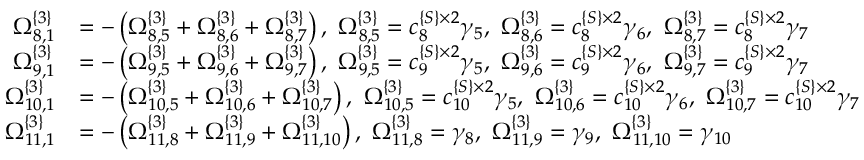
\begin{array} { r l } { \Omega _ { 8 , 1 } ^ { \{ 3 \} } } & { = - \left( \Omega _ { 8 , 5 } ^ { \{ 3 \} } + \Omega _ { 8 , 6 } ^ { \{ 3 \} } + \Omega _ { 8 , 7 } ^ { \{ 3 \} } \right) , \ \Omega _ { 8 , 5 } ^ { \{ 3 \} } = c _ { 8 } ^ { \{ S \} \times 2 } \gamma _ { 5 } , \ \Omega _ { 8 , 6 } ^ { \{ 3 \} } = c _ { 8 } ^ { \{ S \} \times 2 } \gamma _ { 6 } , \ \Omega _ { 8 , 7 } ^ { \{ 3 \} } = c _ { 8 } ^ { \{ S \} \times 2 } \gamma _ { 7 } } \\ { \Omega _ { 9 , 1 } ^ { \{ 3 \} } } & { = - \left( \Omega _ { 9 , 5 } ^ { \{ 3 \} } + \Omega _ { 9 , 6 } ^ { \{ 3 \} } + \Omega _ { 9 , 7 } ^ { \{ 3 \} } \right) , \ \Omega _ { 9 , 5 } ^ { \{ 3 \} } = c _ { 9 } ^ { \{ S \} \times 2 } \gamma _ { 5 } , \ \Omega _ { 9 , 6 } ^ { \{ 3 \} } = c _ { 9 } ^ { \{ S \} \times 2 } \gamma _ { 6 } , \ \Omega _ { 9 , 7 } ^ { \{ 3 \} } = c _ { 9 } ^ { \{ S \} \times 2 } \gamma _ { 7 } } \\ { \Omega _ { 1 0 , 1 } ^ { \{ 3 \} } } & { = - \left( \Omega _ { 1 0 , 5 } ^ { \{ 3 \} } + \Omega _ { 1 0 , 6 } ^ { \{ 3 \} } + \Omega _ { 1 0 , 7 } ^ { \{ 3 \} } \right) , \ \Omega _ { 1 0 , 5 } ^ { \{ 3 \} } = c _ { 1 0 } ^ { \{ S \} \times 2 } \gamma _ { 5 } , \ \Omega _ { 1 0 , 6 } ^ { \{ 3 \} } = c _ { 1 0 } ^ { \{ S \} \times 2 } \gamma _ { 6 } , \ \Omega _ { 1 0 , 7 } ^ { \{ 3 \} } = c _ { 1 0 } ^ { \{ S \} \times 2 } \gamma _ { 7 } } \\ { \Omega _ { 1 1 , 1 } ^ { \{ 3 \} } } & { = - \left( \Omega _ { 1 1 , 8 } ^ { \{ 3 \} } + \Omega _ { 1 1 , 9 } ^ { \{ 3 \} } + \Omega _ { 1 1 , 1 0 } ^ { \{ 3 \} } \right) , \ \Omega _ { 1 1 , 8 } ^ { \{ 3 \} } = \gamma _ { 8 } , \ \Omega _ { 1 1 , 9 } ^ { \{ 3 \} } = \gamma _ { 9 } , \ \Omega _ { 1 1 , 1 0 } ^ { \{ 3 \} } = \gamma _ { 1 0 } } \end{array}